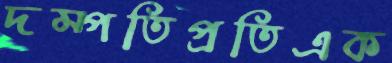
দম্পতিপ্রতিএক